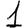
Digit: 1